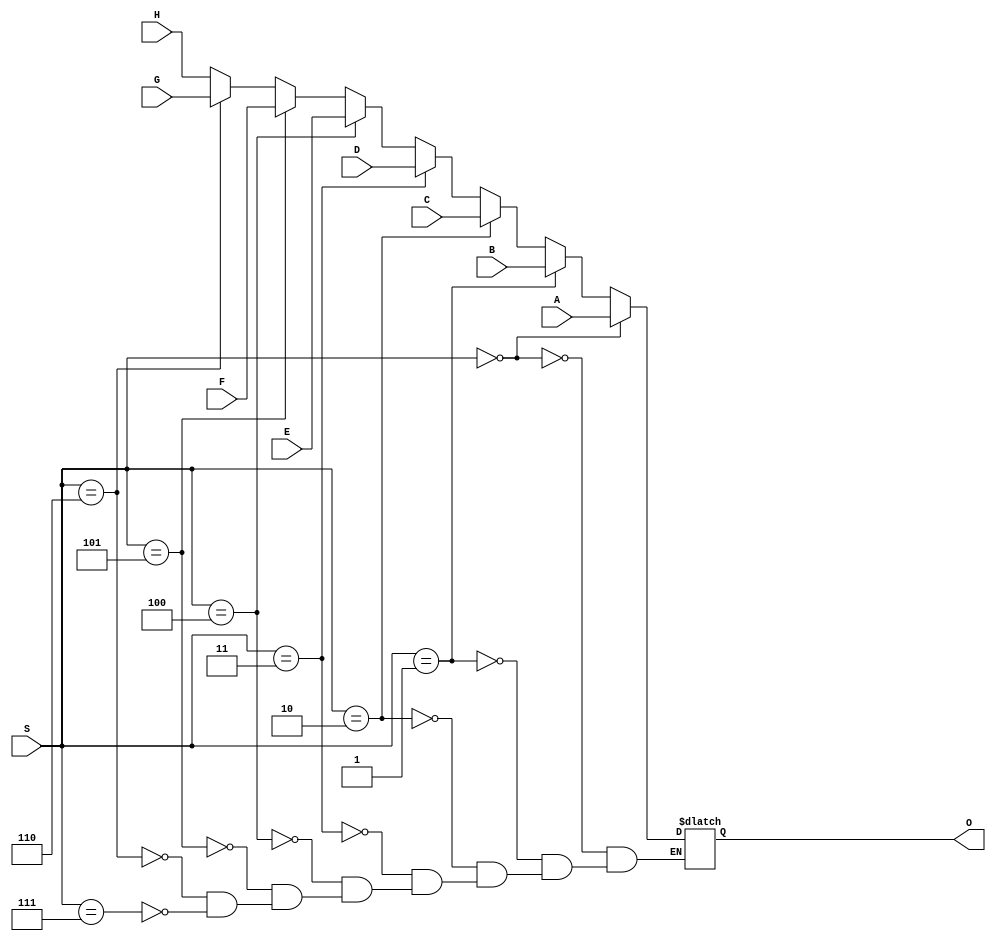
`timescale 1ns / 1ps
//////////////////////////////////////////////////////////////////////////////////
// Company: 
// Engineer: 
// 
// Design Name: 
// Module Name: mux
// Project Name: 
// Target Devices: 
// Tool Versions: 
// Description: 
// 
// Dependencies: 
// 
// Revision:
// Revision 0.01 - File Created
// Additional Comments:
// 
//////////////////////////////////////////////////////////////////////////////////


module mux(input [2:0] S,
    input [3:0] A,
    input [3:0] B,
    input [3:0] C,
    input [3:0] D,
    input [3:0] E,
    input [3:0] F,
    input [3:0] G,
    input [3:0] H,
    output reg [3:0] O

    );
    
    
    always @*
        begin
                if(S==3'b000) O<= A;else
                if(S==3'b001) O<= B;else
                if(S==3'b010) O<= C;else
                if(S==3'b011) O<= D;else
                if(S==3'b100) O<= E;else
                if(S==3'b101) O<= F;else
                if(S==3'b110) O<= G;else
                if(S==3'b111) O<= H;
                
            
        end
    
endmodule